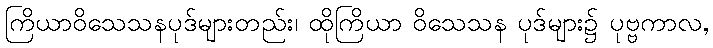
ကြိယာဝိသေသနပုဒ်များတည်း၊ ထိုကြိယာ ဝိသေသန ပုဒ်များ၌ ပုဗ္ဗကာလ,